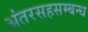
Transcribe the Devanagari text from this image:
अंतरसहसम्बन्ध